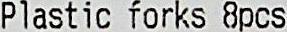
PLASTIC FORKS 8PCS